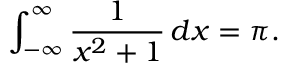
\int _ { - \infty } ^ { \infty } { \frac { 1 } { x ^ { 2 } + 1 } } \, d x = \pi .